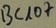
Text: BC107